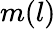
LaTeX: m(l)